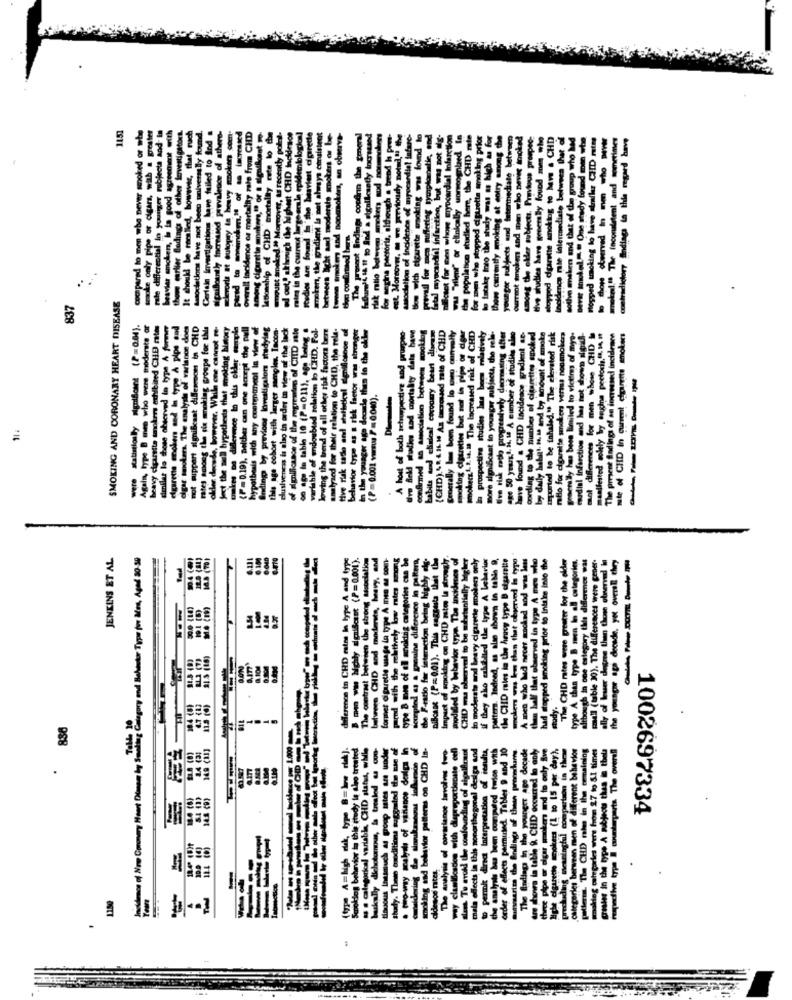
1151
CHD
this regard
olivo maken and that of
Hopped smoking lo have
pdf CHD
ale inte
SMOKING AND CORONARY HEART DISEASE
837
were statistioly mpoSont (P=0.04).
Again, type B men who were moderate ar
heavy cigarette smokers achibited CHE rtes
dimilar la those observed in type A form
ealon of CHID mte
0.11), age being .
tiom lo CHD. Fol-
Les siak factors bere
to CHD, the rele-
mte of CHD in current etgurrite smokers
more significant in younger subjects, the rele.
Give risk ratlo progressively deormaning efter
mber of studies alme
have found . CHD incidence gradient se-
cording to the number of cigarettes smoked
by daily habgt M, Ma and by amount of smoke
reported to be inhaled." The elevated risk
raHlo for cigarette smokers versus noumokers
gosen lly has been limited to victims of mye-
mardial Infarction and has not shown sigrill-
mot differences for men whose CHD
manifested solely by engine pectoris,", 14, 9
The present findings of an increased incidence
igalon
this ok
aRe 50 yourg.f. Si, IF A euember of
-----
sokan
digrette
JENKINS ET AL
Smoking Calopory and Behavior Type for åles, Aged 80 50
=0.001).
dation
In moderate and heavy cigarette molen only
if they ako exhibited the type A behavior
pattern. Indeed, as alse shown in table 9,
the CHD mies in the heavy type B cigarette
molens was kus than that observed in typo
A men who had necer mackad sod was less
than half that observed in type A mes woo
had stopped smoking price to Inisime into the
The CHD mtes were greater for the older
type A chan type B men in all categories.
although in one estegory this difference wat
table 30). The differences were cener-
besser dogme then those observed in
younger age deonde, yet overall they
il moking categorias a
poulns difference la
o CHD zetes la str
waction being high
01). This saggests
D mim in type
am
difference in CH
The contrast bet
batvers CHD
mody.
880
Incidence of Now Coronary Heart Damen by Sobie
A (0)
149 (Ii]
nal design and
added torios with
Tables 9 and 10
theen promschans
hanger age decade
D occurred lo aoly
n and to only Sve
1 to 15 per dayh
different behavior
in the comaining
om 27 %o S.1 times
Hoots this is thela
thela
parta The overall
.
0 (8)
1002697334
---
CHE
Teore